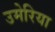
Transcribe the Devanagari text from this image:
उमेरिया